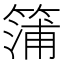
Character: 䈬